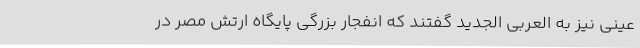
عینی نیز به العربی الجدید گفتند که انفجار بزرگی پایگاه ارتش مصر در